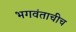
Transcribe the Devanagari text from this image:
भगवंताचीच